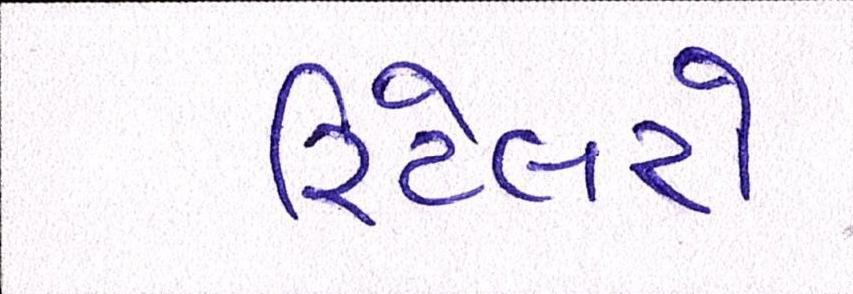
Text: રિટેલરો